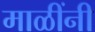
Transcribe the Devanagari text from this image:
माळींनी